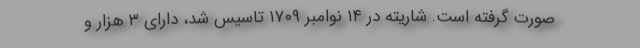
صورت گرفته است. شاریته در ۱۴ نوامبر ۱۷۰۹ تاسیس شد، دارای ۳ هزار و